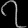
Digit: ၇